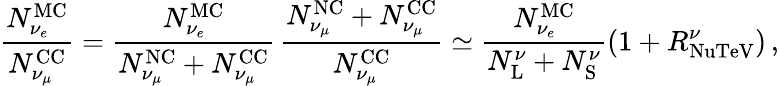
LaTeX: \frac{N_{\nu_{e}}^{\mathrm{MC}}}{N_{\nu_{\mu}}^{\mathrm{CC}}}=\frac{N_{\nu_{e}}^{\mathrm{MC}}}{N_{\nu_{\mu}}^{\mathrm{NC}}+N_{\nu_{\mu}}^{\mathrm{CC}}}\, \frac{N_{\nu_{\mu}}^{\mathrm{NC}}+N_{\nu_{\mu}}^{\mathrm{CC}}}{N_{\nu_{\mu}}^{\mathrm{CC}}}\simeq\frac{N_{\nu_{e}}^{\mathrm{MC}}}{N_{\mathrm{L}}^{\nu}+N_{\mathrm{S}}^{\nu}}\left(1+R_{\mathrm{NuTeV}}^{\nu}\right)\, ,